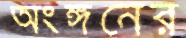
অংঙ্গনের